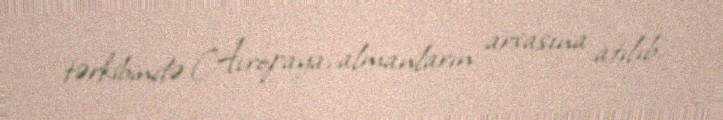
tərkibində Avropaya, almanların arxasına atılıb.